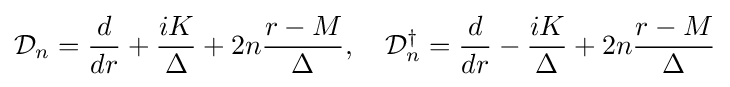
{\mathcal {D}}_{n}={\frac {d}{{d}r}}+{\frac {iK}{\Delta }}+2n{\frac {r-M}{\Delta }},\quad {\mathcal {D}}_{n}^{\dagger }={\frac {d}{{d}r}}-{\frac {iK}{\Delta }}+2n{\frac {r-M}{\Delta }}